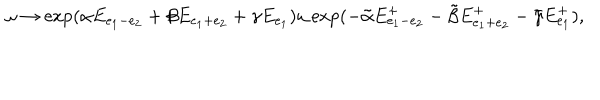
LaTeX: \omega \to \exp ( \alpha E _ { e _ { 1 } - e _ { 2 } } + \beta E _ { e _ { 1 } + e _ { 2 } } + \gamma E _ { e _ { 1 } } ) \omega \exp ( - \tilde { \alpha } E _ { e _ { 1 } - e _ { 2 } } ^ { + } - \tilde { \beta } E _ { e _ { 1 } + e _ { 2 } } ^ { + } - \tilde { \gamma } E _ { e _ { 1 } } ^ { + } ) ,